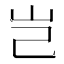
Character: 岂